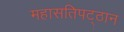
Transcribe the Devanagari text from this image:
महासतिपट्ठान